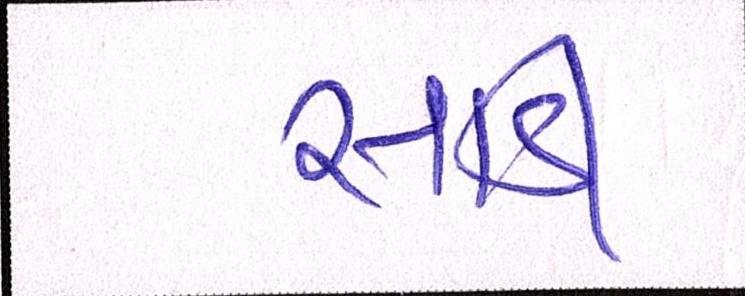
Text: સાડી